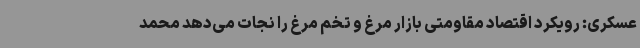
عسکری: رویکرد اقتصاد مقاومتی بازار مرغ و تخم مرغ را نجات می‌دهد محمد